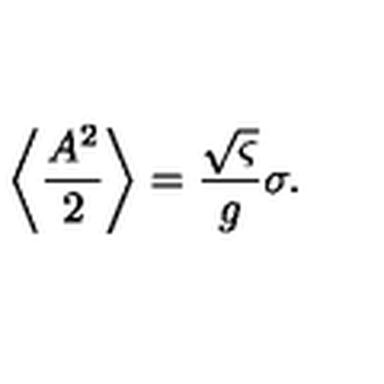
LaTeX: \left\langle \frac { A ^ { 2 } } { 2 } \right\rangle = \frac { \sqrt { \varsigma } } { g } \sigma .